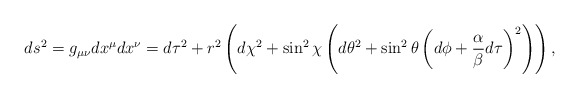
\begin{align*}ds^2=g_{\mu\nu}dx^\mu dx^\nu=d\tau^2 + r^2\left(d\chi^2 + \sin^2\chi\left(d\theta^2 +\sin^2\theta\left(d\phi+ {\alpha\over\beta}d\tau\right)^2\right)\right)\space,\end{align*}